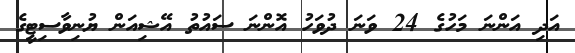
އަދި އަންނަ މަހުގެ 24 ވަނަ ދުވަހު އޮންނަ ސައުތު އޭޝިއަން ޔުނިވާސިޓީގެ